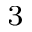
_ 3